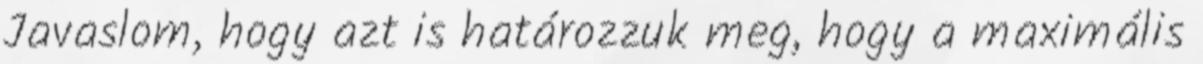
Javaslom, hogy azt is határozzuk meg, hogy a maximális